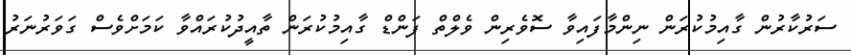
ސަރުކާރުން ގާއިމުކުރަން ނިންމާފައިވާ ސޮވެރިން ވެލްތް ފަންޑް ގާއިމުކުރަން ތާއީދުކުރައްވާ ކަމަށްވެސް ގަވަރުނަރު